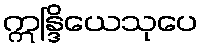
ဣန္ဒြိယေသုပေ